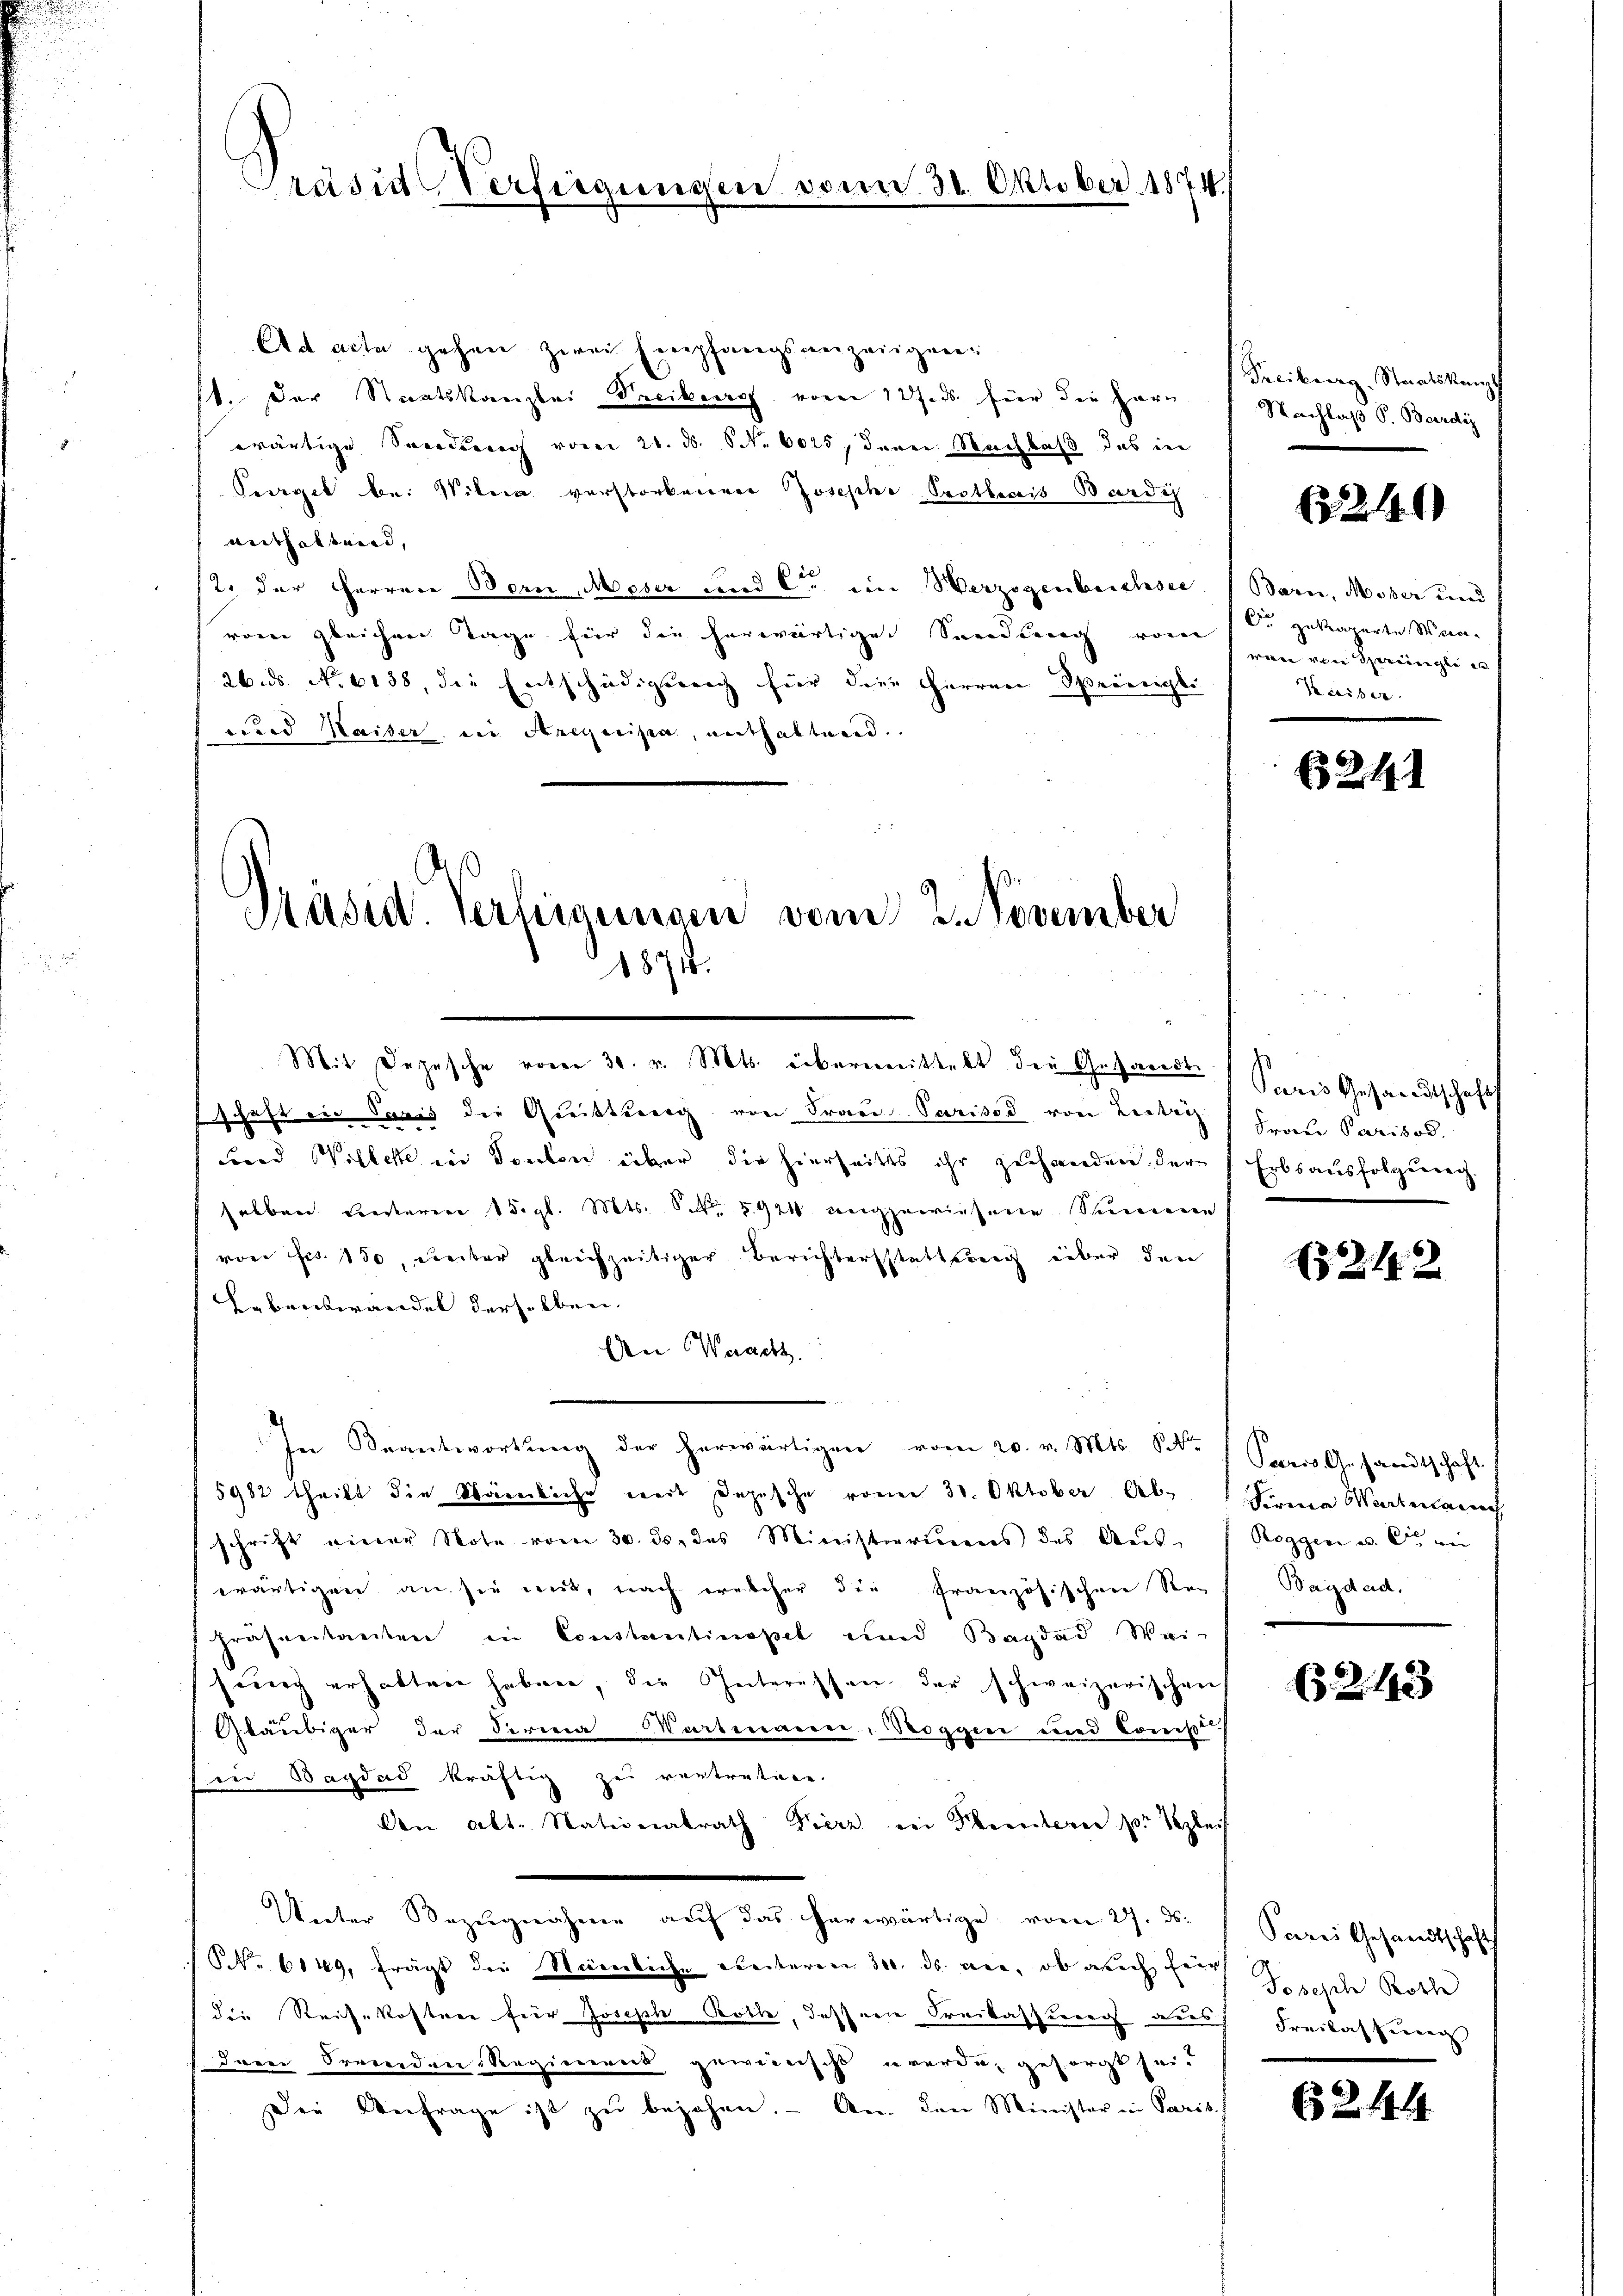
Pravia Verfügungen

Ad acta gehen zwei Empfangsanzeigen
11. Der Staatskanzlei Treibere vom 12 f. ds. für die Harz
wärtige Socedurch vom 21. ds. S. 6025, denen Nachlaß das in
Perget bei Witera vorstorbener Josephe Prothecis Bardis
anthaltend,
st. der Herren Bern, Meser und C. im Herzogenbeichsee. (Bern, Moser und
vom gleichner Tage für die herwärtige Sendung vom
26. ds. No 6138, die Entschädigung für die Herren Speinigli
uard Waiser in Arequipa, enthaltend.

Präsid. Vertigungen vom 2. November
1871.

130. Oktober 1874.

Mit Depesche vom 30. v. Mts. übermittelt der Gesandte
Enschaft ein Paris die Quittung von Fraue Parisod von Leitei
Fond Willette von Ponton über die hierheits ihr zuhanden, der
selben Leiteren 15. gl. Mts. S. 5924 angewiesene Sumeren
von Frs. 150, weiter gleichzeitiger Berichtersstattung über den
Lebenswandel derselben
An Wacht.
In Beantwortung der herwärtigen vom 20. v. Mts. S.
5982 theilt die Kämerliche weit Depesche vom 30. Oktober Ab-
schrift einer Note vom 30. ds. das Ministiertens des Aŭs-
wärtigen an sie mit, nach welcher die französischen Re-
präsentanten in Constantinopel und Bagdad Wei-
seung erhalten haben, die Interessen der schweizerischen
Gläubiger der Feria Wartmann, Roggen und Const.
in Bagdad kräftig zu vertreten.
An alt. Nationalrath Fierz in Kleintern zur Vogleit
Unter Bezŭgnahme aŭf das herwärtige vom 27. ds.
NNo. 6149, frägt die Nämliche ereiteren 300. ds. an, ob auch heir
die Reisekostner für Joseph Rothe, dessene Freilassung aus
dam Fremden Regienend gewierischt werde, gesorgt sei.
Die Anfrage ist zu bejahen. - An den Minister in Paris

Treiburg, Staatskampf
Nachlaß S. Beerdiz

2146)

C. gekaperte Weinwen von einge e
Kaiser.

241

Paris Gesandtschaft
Frau Parisod
Erbsausfolgung.

242

Peeres Ansandtschaft.
Sirna Wartmann
Reggen u. der ei
Bagdad.

2143

Parei Gesandtschaft
Joseph Rothe
Freilassung

6244